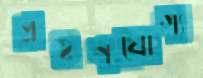
প্রহণযোগ্য